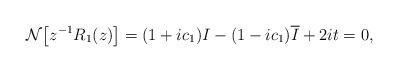
LaTeX: \begin{align*} \mathcal{N}\big[z^{-1}R_1(z)\big] = (1+ic_1)I - (1-ic_1)\overline{I} + 2i t = 0,\end{align*}